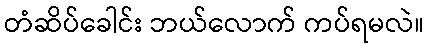
တံဆိပ်ခေါင်း ဘယ်လောက် ကပ်ရမလဲ။